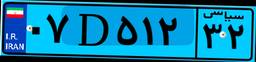
۱۱D۷۹۸۱۸